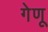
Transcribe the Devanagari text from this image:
गेणू